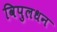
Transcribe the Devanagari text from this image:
विपुलधन